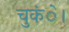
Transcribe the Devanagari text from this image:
चुकंे।